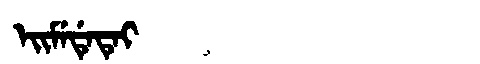
Manchu: ᡝᡳᠮᡝᡩᡝᡨᡝᡳ
Romanization: EIMEDETEI